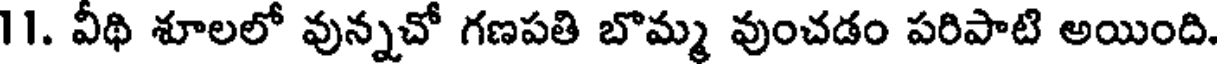
11. వీథి శూలలో వున్నచో గణపతి బొమ్మ వుంచడం పరిపాటి అయింది